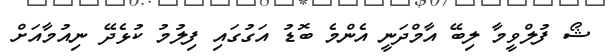
ޝޯ ފުލްވީމާ ލިބޭ އާމްދަނީ އެންމެ ބޮޑު އަގުގައި ފިލުމު ކުޅެދޭ ނިއުމާއަށް